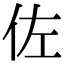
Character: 佐